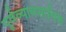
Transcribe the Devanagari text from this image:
पूर्वव्यावसायिक